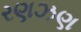
રણઝણ